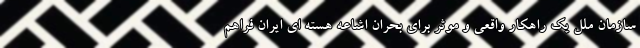
سازمان ملل یک راهکار واقعی و موثر برای بحران اشاعه هسته ای ایران فراهم